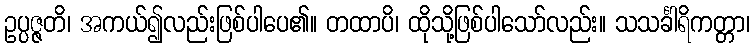
ဥပ္ပဇ္ဇတိ၊ အကယ်၍လည်းဖြစ်ပါပေ၏။ တထာပိ၊ ထိုသို့ဖြစ်ပါသော်လည်း။ သသင်္ခါရိကတ္တာ၊